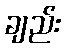
ချည်း